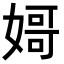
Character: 𡟵